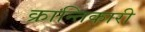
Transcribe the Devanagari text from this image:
क्रान्‍तिकारी